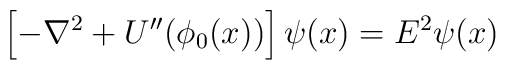
\left[-\nabla^2 + U''(\phi_0(x))\right]\psi(x) = E^2 \psi(x)